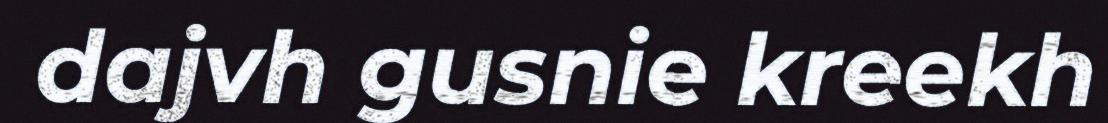
dajvh gusnie kreekh